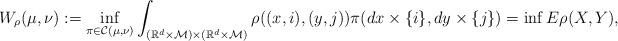
LaTeX: \begin{align*}W_{\rho}(\mu, \nu):=\inf_{\pi \in \mathcal C(\mu, \nu)} \int_{(\mathbb R^d\times\mathcal M) \times (\mathbb R^d\times\mathcal M)}\rho((x,i), (y,j)) \pi(dx\times \{i\}, dy\times \{j\})=\inf E \rho(X, Y),\end{align*}